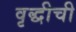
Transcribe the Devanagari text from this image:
वृद्धीची